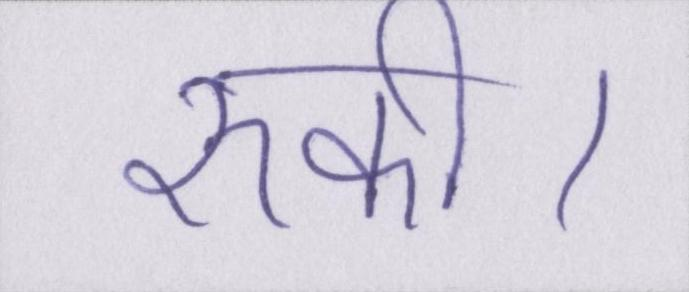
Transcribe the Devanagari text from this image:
रुकी।